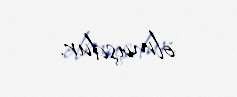
olmuşdur.